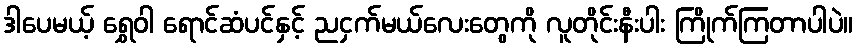
ဒါပေမယ့် ရွှေဝါ ရောင်ဆံပင်နှင့် ညငှက်မယ်လေးတွေကို လူတိုင်းနီးပါး ကြိုက်ကြတာပါပဲ။